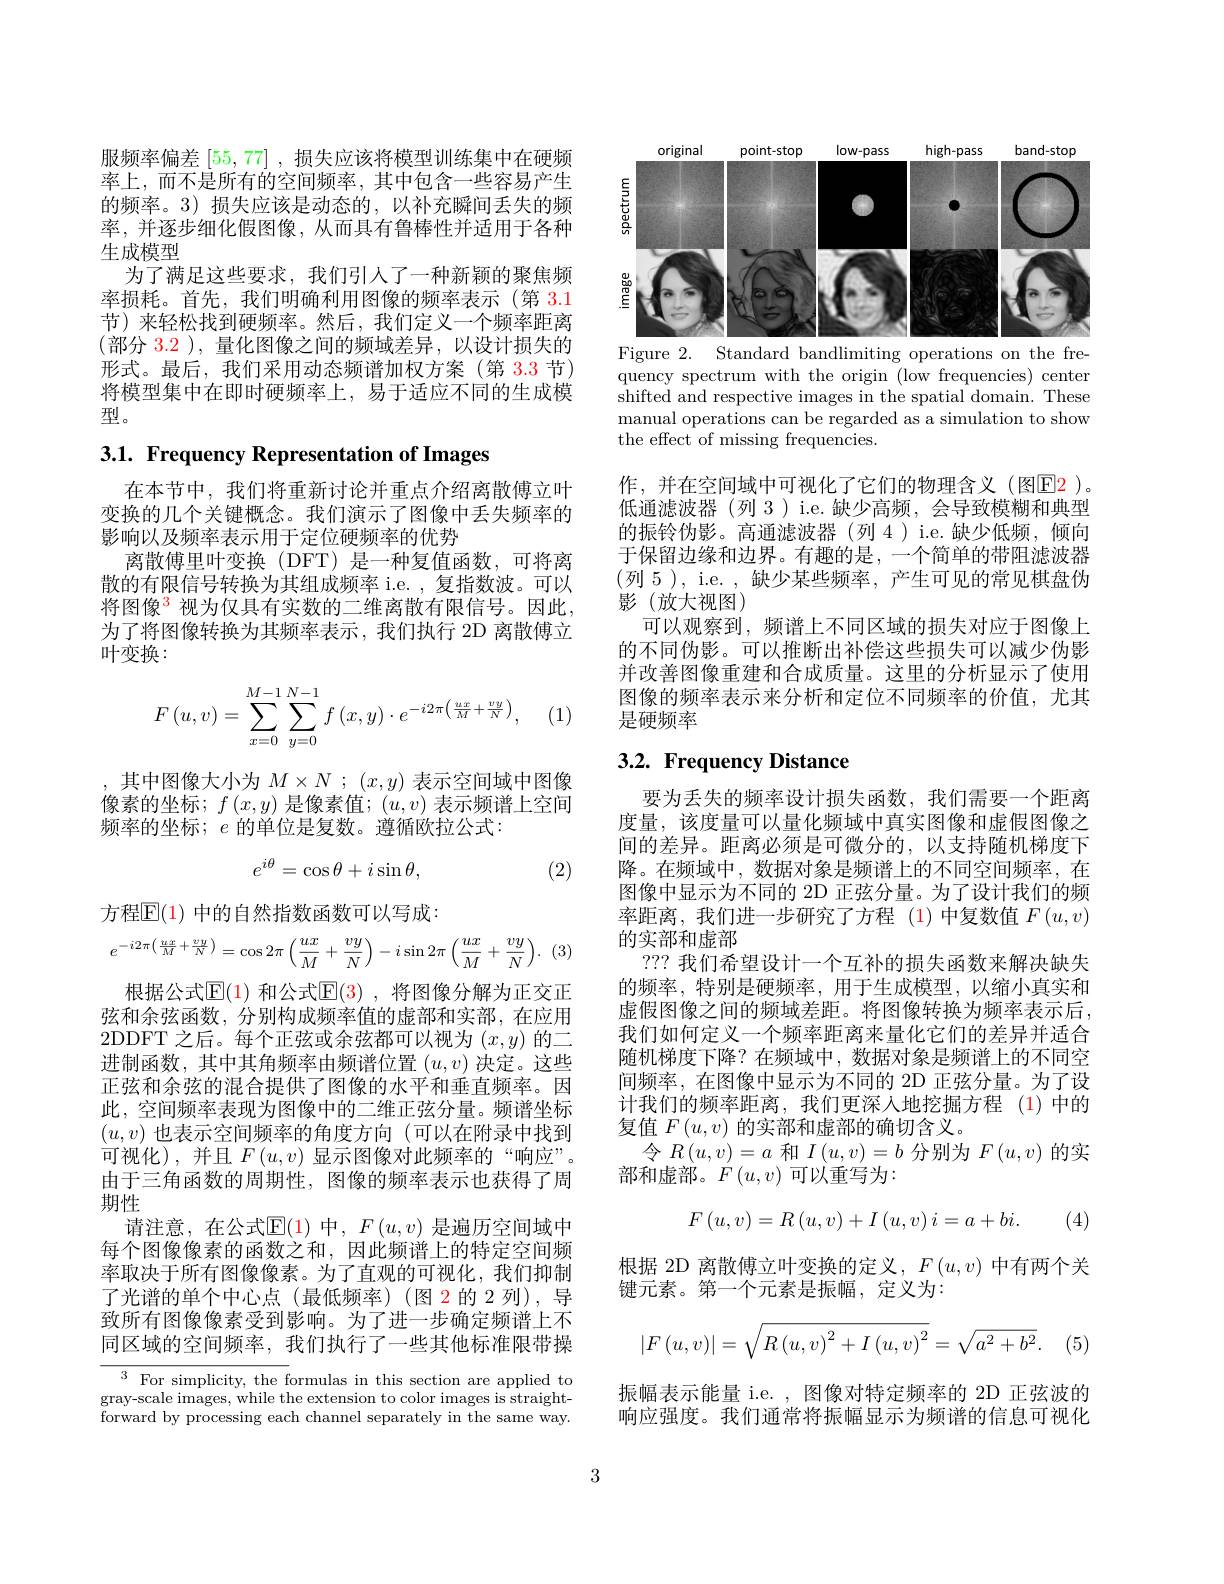
服频率偏差[55,77] ,损失应该将模型训练集中在硬频率上，而不是所有的空间频率，其中包含一些容易产生的频率。3) 损失应该是动态的，以补充瞬间丢失的频率，并逐步细化假图像，从而具有鲁棒性并适用于各种生成模型
为了满足这些要求，我们引人了一种新颖的聚焦频率损耗。首先，我们明确利用图像的频率表示(第 3.1节)来轻松找到硬频率。然后，我们定义一个频率距离(部分 3.2 ),量化图像之间的频域差异，以设计损失的形式。最后，我们采用动态频谱加权方案(第 3.3 节) 将模型集中在即时硬频率上，易于适应不同的生成模型。

3.1. Frequency Representation of Images

在本节中，我们将重新讨论并重点介绍离散傅立叶变换的几个关键概念。我们演示了图像中丢失频率的影响以及频率表示用于定位硬频率的优势
离散傅里叶变换(DFT) 是一种复值函数，可将离散的有限信号转换为其组成频率 i.e. , 复指数波。可以将图像$^{\color{red}3}$视为仅具有实数的二维离散有限信号。因此， 为了将图像转换为其频率表示，我们执行 2D 离散傅立叶变换：
$$F\left(u,v\right)=\sum\limits_{x=0}^{M-1}\sum\limits_{y=0}^{N-1}f\left(x,y\right)\cdot e^{-i2\pi\left(\frac{u\cdot x}{M}+\frac{v\cdot y}{N}\right)},$$
(1)

其中图像大小为$M\times N$ ; $(x,y)$表示空间域中图像像素的坐标；$f\left(x,y\right)$是像素值；$\left(u,v\right)$表示频谱上空间频率的坐标；$e$的单位是复数。遵循欧拉公式：
$$e^{i\theta}=\cos\theta+i\sin\theta,$$
(2)

方程$\overline{\mathrm{E}}(1)$ 中的自然指数函数可以写成：
$$e^{-i2\pi\left(\frac{ux}{M}+\frac{vy}{N}\right)}=\cos2\pi\left(\frac{ux}{M}+\frac{vy}{N}\right)-i\sin2\pi\left(\frac{ux}{M}+\frac{vy}{N}\right).$$
根据公式$\mathbb{E}(1)$ 和公式$\mathbb{E}(3)$ ,将图像分解为正交正弦和余弦函数，分别构成频率值的虚部和实部，在应用2DDFT 之后。每个正弦或余弦都可以视为$(x,y)$的二进制函数，其中其角频率由频谱位置$(u,v)$决定。这些正弦和余弦的混合提供了图像的水平和垂直频率。因此，空间频率表现为图像中的二维正弦分量。频谱坐标$(u,v)$也表示空间频率的角度方向(可以在附录中找到可视化),并且$F(u,v)$显示图像对此频率的“响应”。由于三角函数的周期性，图像的频率表示也获得了周期性
请注意，在公式$\mathbb{E}(1)$ 中，$F(u,v)$ 是遍历空间域中每个图像像素的函数之和，因此频谱上的特定空间频率取决于所有图像像素。为了直观的可视化，我们抑制了光谱的单个中心点(最低频率)(图 2的 2 列),导致所有图像像素受到影响。为了进一步确定频谱上不同区域的空间频率，我们执行了一些其他标准限带操

$^3$ For simplicity, the formulas in this section are applied to gray-scale images, while the extension to color images is straightforward by processing each channel separately in the same way.

<FigureHere>

Figure 2. Standard bandlimiting operations on the frequency spectrum with the origin (low frequencies) center shifted and respective images in the spatial domain. These manual operations can be regarded as a simulation to show the effect of missing frequencies.

作，并在空间域中可视化了它们的物理含义(图$\color{red}{\boxed{\mathrm{E}}2}$)。低通滤波器 (列 3 )i.e.缺少高频，会导致模糊和典型的振铃伪影。高通滤波器(列 4)i.e.缺少低频，倾向于保留边缘和边界。有趣的是，一个简单的带阻滤波器(列 5), i.e. , 缺少某些频率，产生可见的常见棋盘伪影(放大视图)
可以观察到，频谱上不同区域的损失对应于图像上的不同伪影。可以推断出补偿这些损失可以减少伪影并改善图像重建和合成质量。这里的分析显示了使用图像的频率表示来分析和定位不同频率的价值，尤其是硬频率

# 3.2. Frequency Distance

要为丢失的频率设计损失函数，我们需要一个距离度量，该度量可以量化频域中真实图像和虚假图像之间的差异。距离必须是可微分的，以支持随机梯度下降。在频域中，数据对象是频谱上的不同空间频率，在图像中显示为不同的 2D 正弦分量。为了设计我们的频率距离，我们进一步研究了方程 (1)中复数值$F\left(u,v\right)$ 的实部和虚部
??? 我们希望设计一个互补的损失函数来解决缺失的频率，特别是硬频率，用于生成模型，以缩小真实和虚假图像之间的频域差距。将图像转换为频率表示后， 我们如何定义一个频率距离来量化它们的差异并适合随机梯度下降？在频域中，数据对象是频谱上的不同空间频率，在图像中显示为不同的 2D 正弦分量。为了设计我们的频率距离，我们更深人地挖掘方程 (1)中的复值$F\left(u,v\right)$的实部和虚部的确切含义。
令$R\left(u,v\right)=a$和$I\left(u,v\right)=b$分别为$F\left(u,v\right)$的实
部和虚部。$F\left(u,v\right)$可以重写为：
$$F\left(u,v\right)=R\left(u,v\right)+I\left(u,v\right)i=a+bi.$$
(4)

根据 2D 离散傅立叶变换的定义，$F\left(u,v\right)$中有两个关
键元素。第一个元素是振幅，定义为：
$$\left|F\left(u,v\right)\right|=\sqrt{R\left(u,v\right)^{2}+I\left(u,v\right)^{2}}=\sqrt{a^{2}+b^{2}}.$$
(5)

振幅表示能量 i.e. , 图像对特定频率的 2D 正弦波的响应强度。我们通常将振幅显示为频谱的信息可视化

3